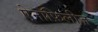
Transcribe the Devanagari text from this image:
ऐनॉफ़िलीज़